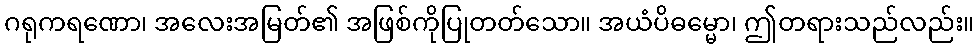
ဂရုကရဏော၊ အလေးအမြတ်၏ အဖြစ်ကိုပြုတတ်သော။ အယံပိဓမ္မော၊ ဤတရားသည်လည်း။